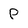
Character: P